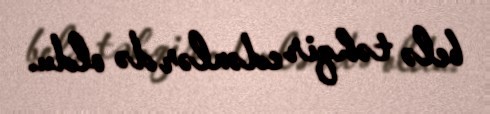
belə təhqir edənlər də oldu.